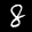
Label: 8